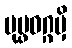
ပုပ္ဖဝဂ္ဂမှိ